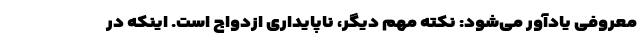
معروفی یادآور می‌شود: نکته مهم دیگر، ناپایداری ازدواج است. اینکه در